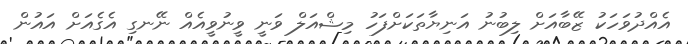
އެއްދުވަހަކު ޒޭބާއަށް ލިބުނު އަނިޔާތަކަށްފަހު މިޝްއަލް ވަނީ ވީނުވީއެއް ނޭނގި އެގެއަށް އައުން